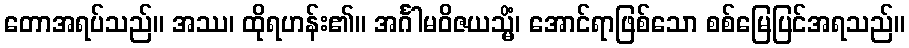
တောအရပ်သည်။ အဿ၊ ထိုရဟန်း၏။ အင်္ဂါမဝိဇယသ္မိံ၊ အောင်ရာဖြစ်သော စစ်မြေပြင်အရသည်။